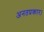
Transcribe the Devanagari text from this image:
अनतप्रकार।